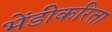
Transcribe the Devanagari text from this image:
भेंडीकरिता